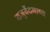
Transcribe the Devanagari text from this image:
यजुर्वेदभाष्य